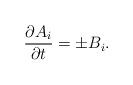
LaTeX: \begin{align*}\frac{\partial A_{i}}{\partial t}=\pm B_{i}. \end{align*}